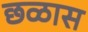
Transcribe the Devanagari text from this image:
छळास